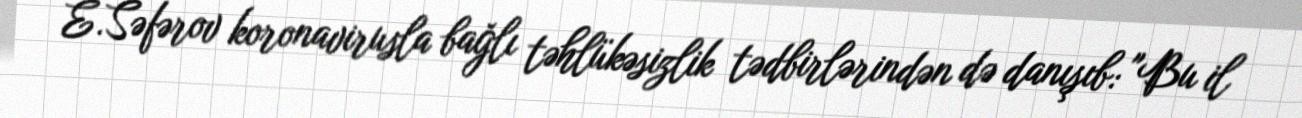
E.Səfərov koronavirusla bağlı təhlükəsizlik tədbirlərindən də danışıb: "Bu il